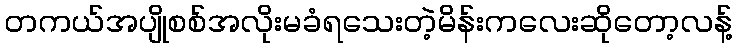
တကယ်အပျိုစစ်အလိုးမခံရသေးတဲ့မိန်းကလေးဆိုတော့လန့်